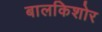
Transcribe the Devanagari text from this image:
बालकिशोर